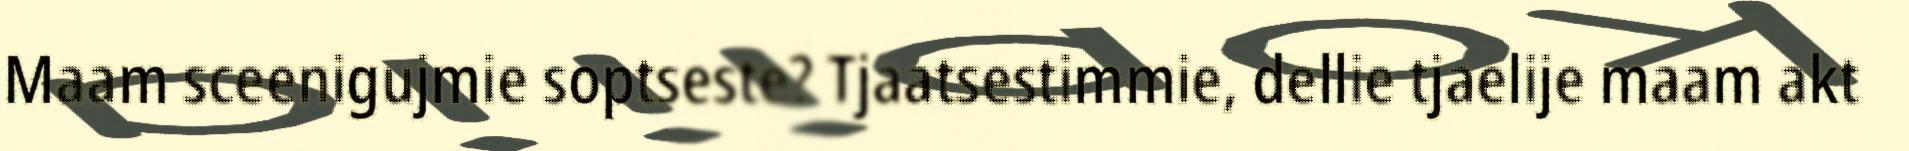
Maam sceenigujmie soptseste? Tjaatsestimmie, dellie tjaelije maam akt